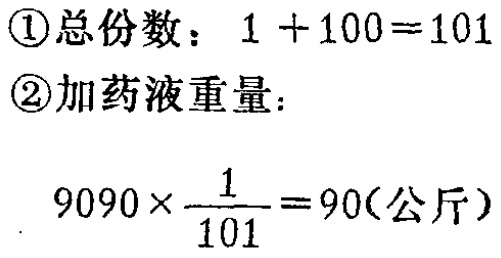
\textcircled{1}总份数：\(1 + 100=101\)

\textcircled{2}加药液重量：

\(9090\times\frac{1}{101}=90(\text{公斤})\)